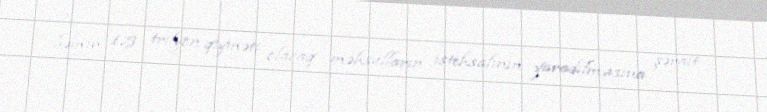
həmin 1.5 trilyon qiyməti olacaq məhsulların istehsalının yaradılmasına şərait